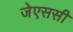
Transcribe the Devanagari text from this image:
जेएससी